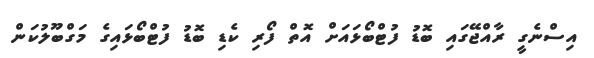
އިސްނެގީ ރާއްޖޭގައި ބޮޑު ފުޓްބޯޅައަށް އޮތް ފޯރި ކެޑި ބޮޑު ފުޓްބޯޅައިގެ މަގްބޫލުކަން